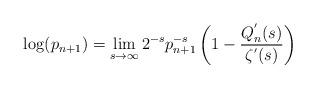
LaTeX: \begin{align*}\log(p_{n+1})=\lim_{s\to\infty} 2^{-s}p_{n+1}^{-s}\left(1-\frac{Q_{n}^{'}(s)}{\zeta^{'}(s)}\right)\end{align*}